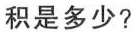
积是多少?